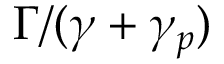
\Gamma / ( \gamma + \gamma _ { p } )